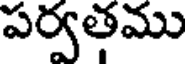
పర్వతము